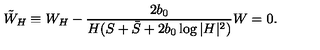
\tilde { W } _ { H } \equiv W _ { H } - \frac { 2 b _ { 0 } } { H ( S + \bar { S } + 2 b _ { 0 } \log | H | ^ { 2 } ) } W = 0 .